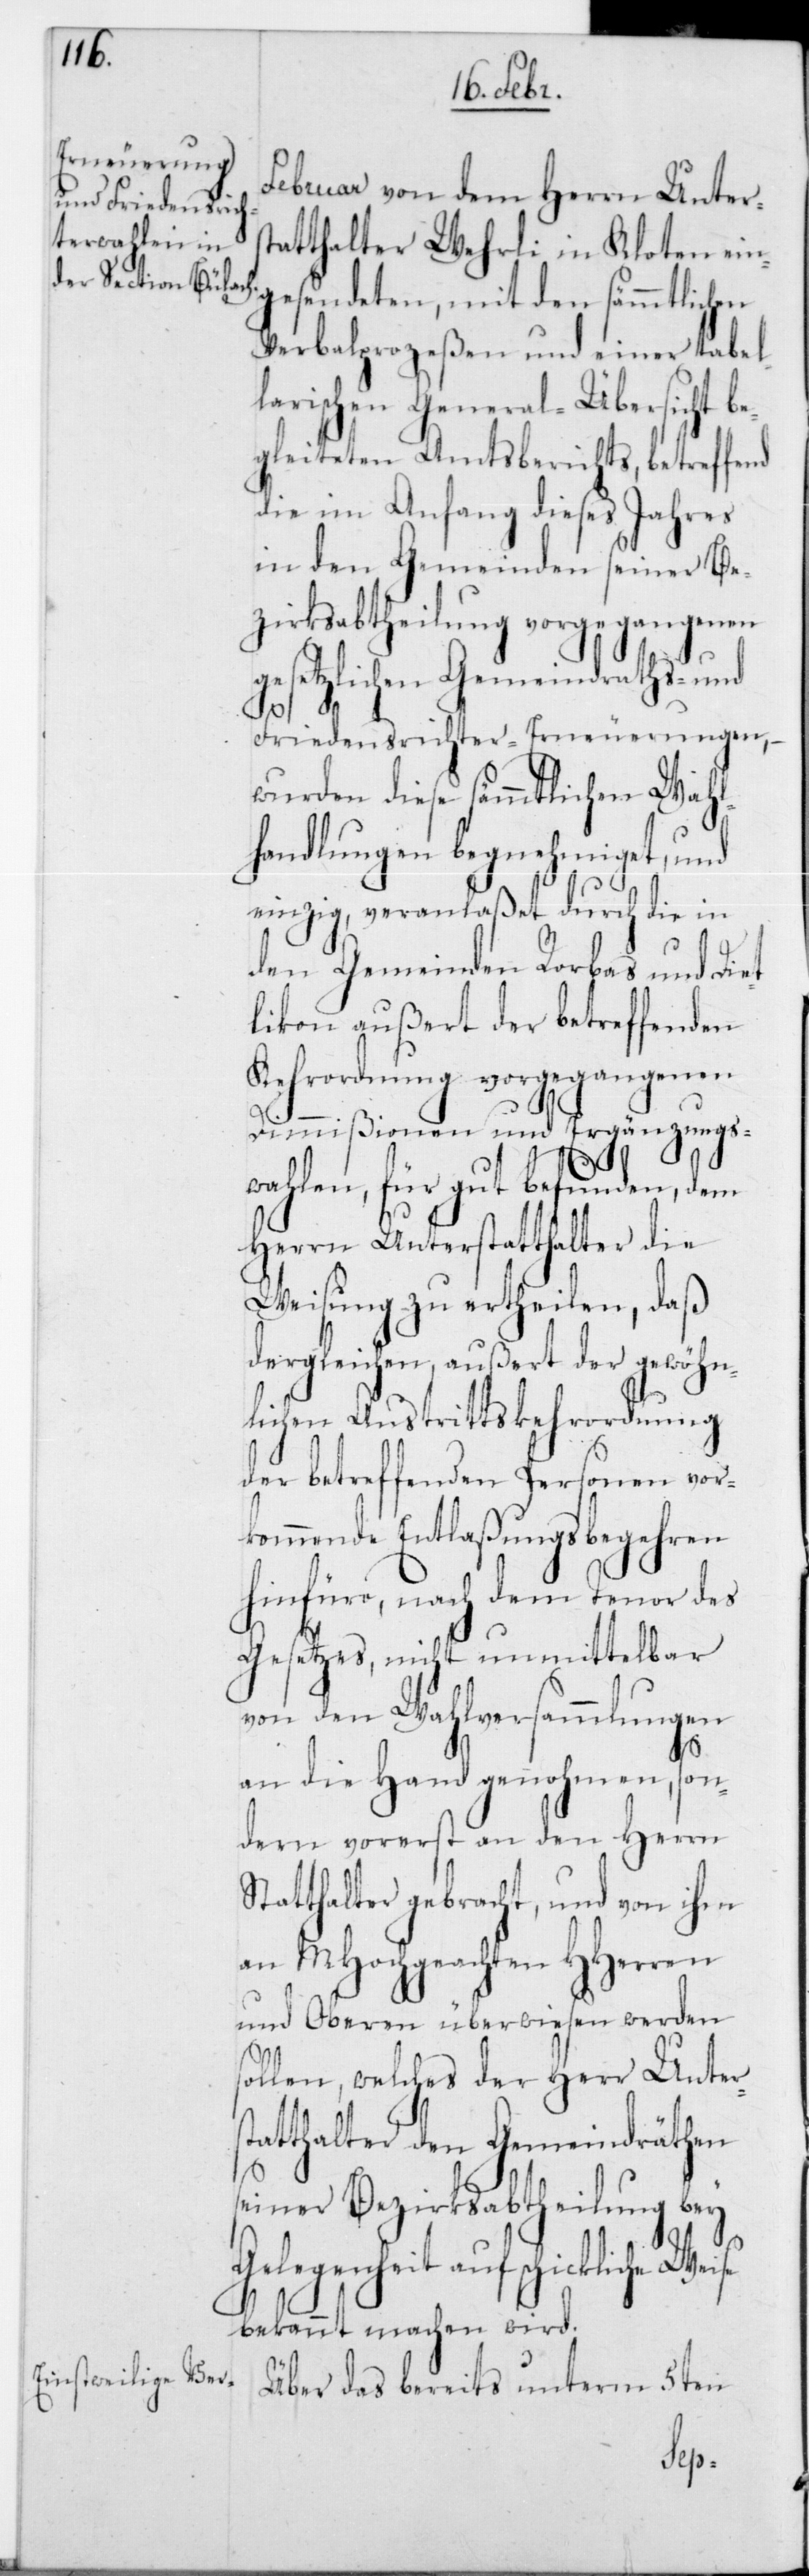
Februar von dem Herrn Unters¬
tatthalter Wehrli in Kloten ein¬
gesendeten, mit den sämmtlichen
Verbalprozeßen und einer tabel¬
larischen General-Übersicht be¬
gleiteten Amtsberichts, betreffend
die im Anfang dieses Jahres
in den Gemeinden seiner Be¬
zirksabtheilung vorgegangenen
gesetzlichen Gemeindraths- und
Friedensrichter-Erneuerungen, –
wurden diese sämmtlichen Wahl¬
handlungen begnehmiget, und
einzig, veranlaßet durch die in
den Gemeinden Rorbas und Die¬
tlikon außert der betreffenden
Kehrordnung vorgegangenen
Dimmißionen und Ergänzungs¬
s¬
wahlen, für gut befunden, dem
Herrn Unterstatthalter die
Weisung zu ertheilen, daß
dergleichen, außert der gewöhn¬
lichen Austrittskehrordnung
der betreffenden Personen vor¬
kommende Entlaßungsbegehren
hinfüro, nach dem Tenor des
Gesetzes, nicht unmittelbar
von den Wahlversammlungen
an die Hand genohmen, son¬
dern vorerst an den Herrn
Statthalter gebracht, und von ihm
an MHochgeachte HHerren
und Oberen überwiesen werden
sollen, welches der Herr Unter¬
tatthalter den Gemeindräthen
seiner Bezirksabtheilung bey
Gelegenheit auf schickliche We¬
bekannt machen wird.
Über das bereits unterm 5ten
ise